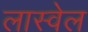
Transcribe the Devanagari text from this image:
लास्वेल